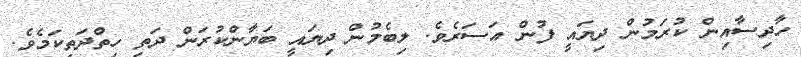
ހާދިސާއިން ކުރަމުން ދިޔައީ ފުން އަސަރެވެ. ލިބެމުން ދިޔައީ ބަޔާންކުރަން ދަތި ހިތްދަތިކަމެވެ.